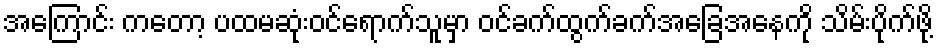
အကြောင်း ကတော့ ပထမဆုံးဝင်ရောက်သူမှာ ဝင်ခက်ထွက်ခက်အခြေအနေကို သိမ်းပိုက်ဖို့